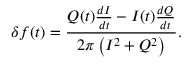
\delta f ( t ) = \frac { Q ( t ) \frac { d I } { d t } - I ( t ) \frac { d Q } { d t } } { 2 \pi \left( I ^ { 2 } + Q ^ { 2 } \right) } .